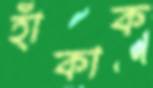
হাঁকাক